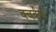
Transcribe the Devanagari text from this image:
क्वर्कस